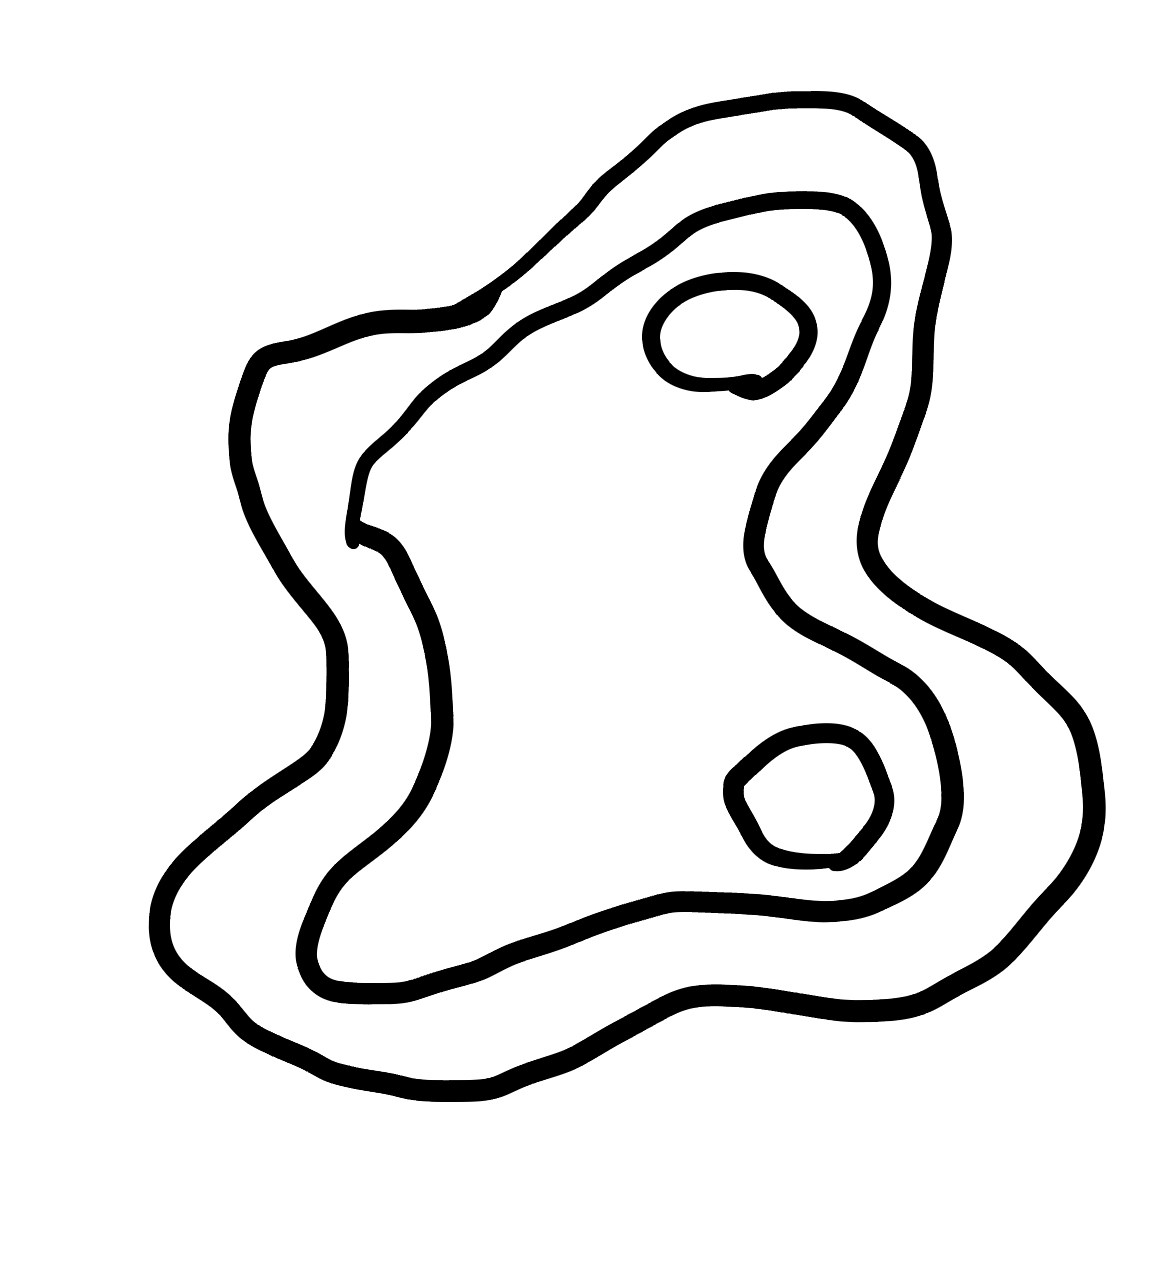
Number of regions (including the outer root region): 5
Containment tree edges (parent, child): 0, 1, 1, 2, 2, 3, 2, 4